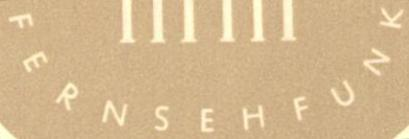
FERNSEHFUNK